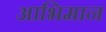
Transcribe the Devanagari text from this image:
आभिमान